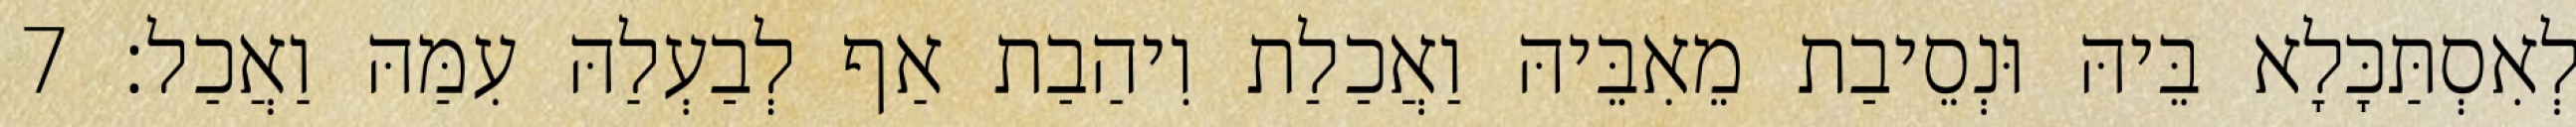
לְאִסְתַּכָּלָא בֵּיהּ וּנְסֵיבַת מֵאִבֵּיהּ וַאֲכַלַת וִיהַבַת אַף לְבַעְלַהּ עִמַּהּ וַאֲכַל׃ 7